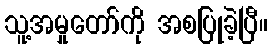
သူ့အမှုတော်ကို အစပြုခဲ့ပြီ။